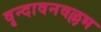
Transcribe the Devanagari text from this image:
वृन्दावनवल्लभ